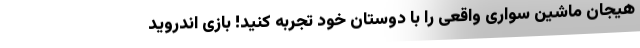
هیجان ماشین سواری واقعی را با دوستان خود تجربه کنید! بازی اندروید